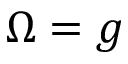
\Omega = g